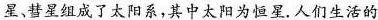
星、彗星组成了太阳系，其中太阳为恒星。人们生活的